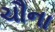
ચૌના